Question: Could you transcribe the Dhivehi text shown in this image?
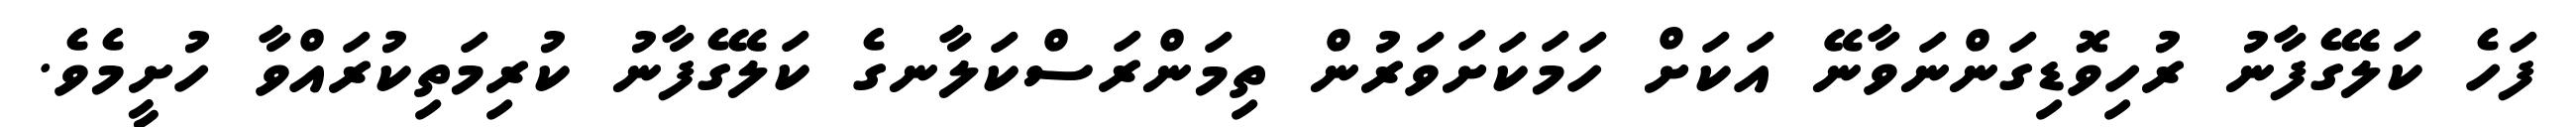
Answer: ފަހެ ކަލޭގެފާނު ރުހިވޮޑިގަންނަވާނޭ އަކަށް ހަމަކަށަވަރުން ތިމަންރަސްކަލާނގެ ކަލޭގެފާނު ކުރިމަތިކުރައްވާ ހުށީމެވެ.